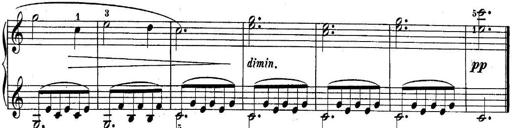
Title: 10 Sonatines progressives
Composer: Anton Schmoll